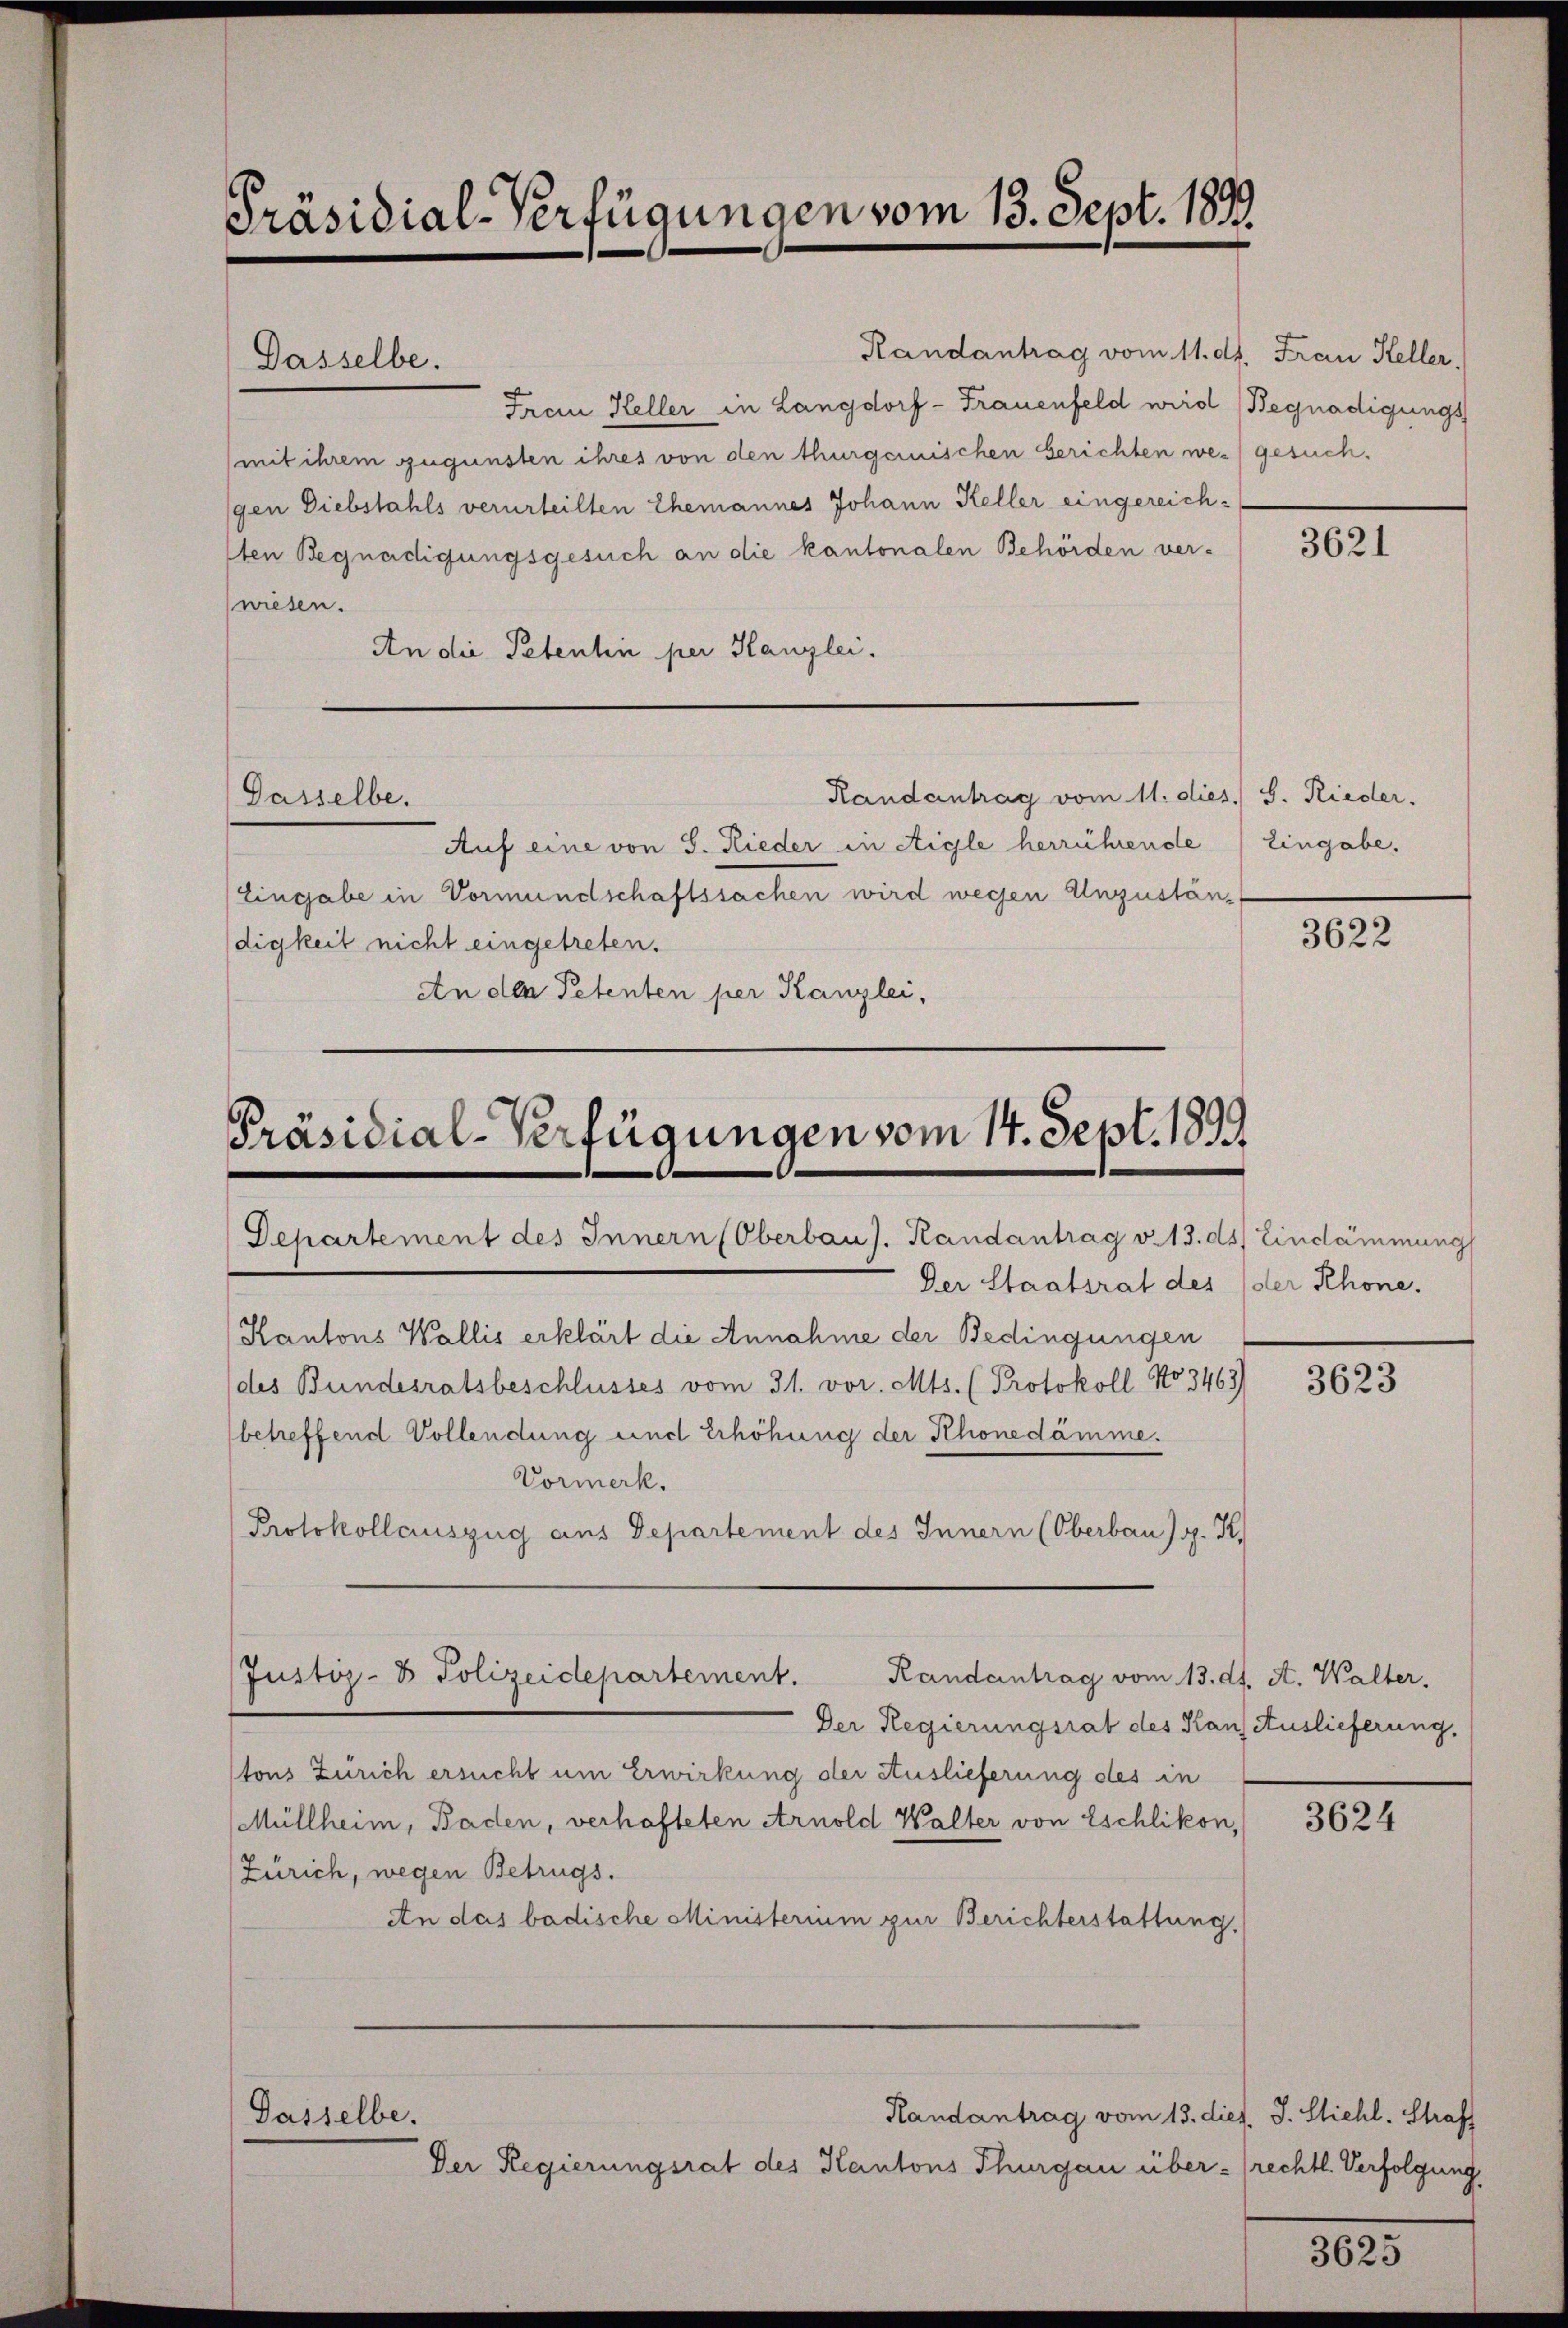
Präsidial-Verfügungen vom 13. Sept. 1899

Dasselbe.

Randantrag vom 11. dh. Frau Keller,
Frau Keller in Langdorf - Frauenfeld wird Begnadigungs
mit ihrem zugunsten ihres von den thurgerischen berichten wegesuchgen Diebstahls verurteilten Ehemannes Johann Keller eingereichsten Begnadigungsgesuch an die kantonalen Behörden verwiesen.
An die Petentin per Kanzlei.

Gasselbe.

Präsidial-Verfügungen vom 14. Sept. 1899
Gehartement des Innern (Oberbau). Randantrag v. 13. ds. Eindämmung

Dasselbe.

Randantrag vom 13. dies. J. Stiehl. Straf
Der Regierungsrat des Kantons Thurgau über - (rechtl. Verfolgung,

Randantrag vom 11. dies. S. Rieder.
Auf eine von S. Rieder in Aigle herrührende Eingabe.
Eingabe in Vormundschaftssachen wird wegen Unzuständigkeit nicht eingetreten.
An den Petenten per Kanzlei,

Der Staatsrat des
Kantons Wallis erklärt die Annahme der Bedingungen
des Bundesratsbeschlusses vom 31. vor. Mts. (Protokoll No 3463)
(betreffend Vollendung und Erhöhung der Rhonedämme.
Vormerk.
Protokollauszug aus Departement des Innern (Oberbaug. K
Justiz- & Polizeidepartement.
Randantrag vom 13. dh. A. Walter.
Der Regierungsrat des Hans Auslieferung,
tons Zürich ersucht um Erwirkung der Auslieferung des in
Müllheim, Baden, verhafteten Arnold Walter von Eschlikon,
Zürich, wegen Betrugs.
An das badische Ministerium zur Berichterstattung.

3621

3622

der Rhone.

3623

3624

3623